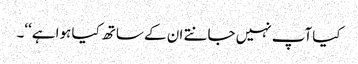
کیا آپ نہیں جانتے ان کے ساتھ کیا ہوا ہے‘‘۔